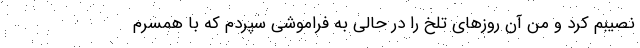
نصیبم کرد و من آن روزهای تلخ را در حالی به فراموشی سپردم که با همسرم